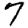
Digit: 7